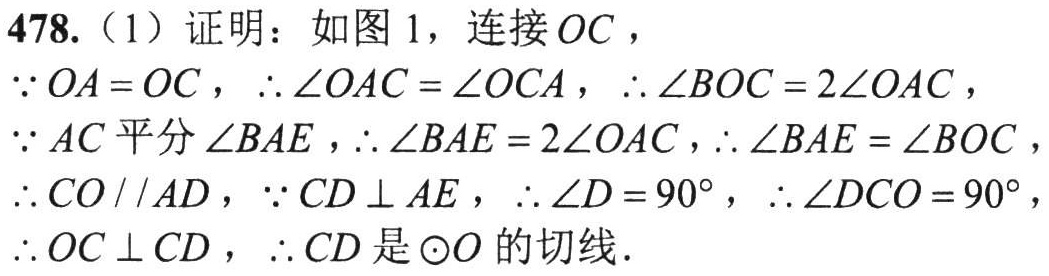
478.（1）证明：如图1，连接\(OC\)，
\(\because OA = OC\)，\(\therefore\angle OAC=\angle OCA\)，\(\therefore\angle BOC = 2\angle OAC\)，
\(\because AC\)平分\(\angle BAE\)，\(\therefore\angle BAE = 2\angle OAC\)，\(\therefore\angle BAE=\angle BOC\)，
\(\therefore CO\parallel AD\)，\(\because CD\perp AE\)，\(\therefore\angle D = 90^{\circ}\)，\(\therefore\angle DCO = 90^{\circ}\)，
\(\therefore OC\perp CD\)，\(\therefore CD\)是\(\odot O\)的切线．